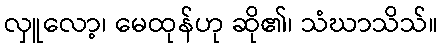
လှူလော့၊ မေထုန်ဟု ဆို၏၊ သံဃာသိသ်။